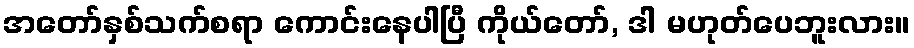
အတော်နှစ်သက်စရာ ကောင်းနေပါပြီ ကိုယ်တော်, ဒါ မဟုတ်ပေဘူးလား။